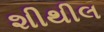
શીથીલ